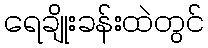
ရေချိုးခန်းထဲတွင်